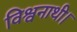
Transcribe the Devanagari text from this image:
विश्वनाथी।